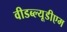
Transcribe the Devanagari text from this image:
वीडब्ल्यूडीएम